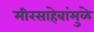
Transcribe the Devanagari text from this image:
मीरसाहेबांमुळे